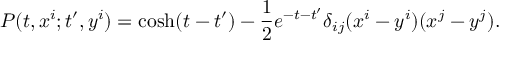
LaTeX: P ( t , x ^ { i } ; t ^ { \prime } , y ^ { i } ) = \cosh ( t - t ^ { \prime } ) - { \frac { 1 } { 2 } } e ^ { - t - t ^ { \prime } } \delta _ { i j } ( x ^ { i } - y ^ { i } ) ( x ^ { j } - y ^ { j } ) .